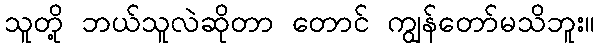
သူတို့ ဘယ်သူလဲဆိုတာ တောင် ကျွန်တော်မသိဘူး။